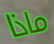
ماذا